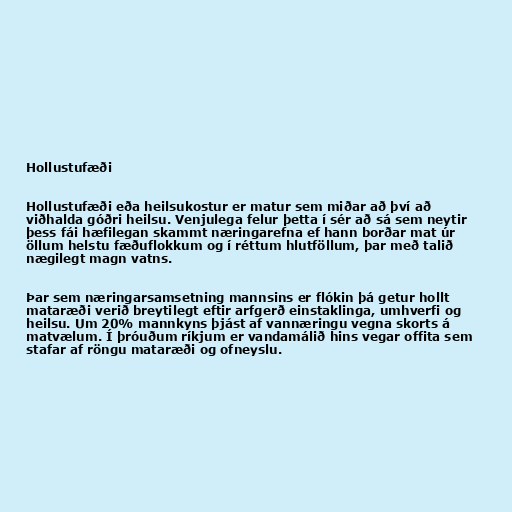
Hollustufæði

Hollustufæði eða heilsukostur er matur sem miðar að því að
viðhalda góðri heilsu. Venjulega felur þetta í sér að sá sem neytir
þess fái hæfilegan skammt næringarefna ef hann borðar mat úr
öllum helstu fæðuflokkum og í réttum hlutföllum, þar með talið
nægilegt magn vatns.

Þar sem næringarsamsetning mannsins er flókin þá getur hollt
mataræði verið breytilegt eftir arfgerð einstaklinga, umhverfi og
heilsu. Um 20% mannkyns þjást af vannæringu vegna skorts á
matvælum. Í þróuðum ríkjum er vandamálið hins vegar offita sem
stafar af röngu mataræði og ofneyslu.